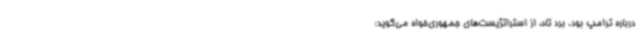
درباره ترامپ بود. برد تاد، از استراتژیست‌های جمهوری‌خواه می‌گوید: